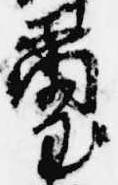
璽